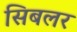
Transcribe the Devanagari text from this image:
सिबलर